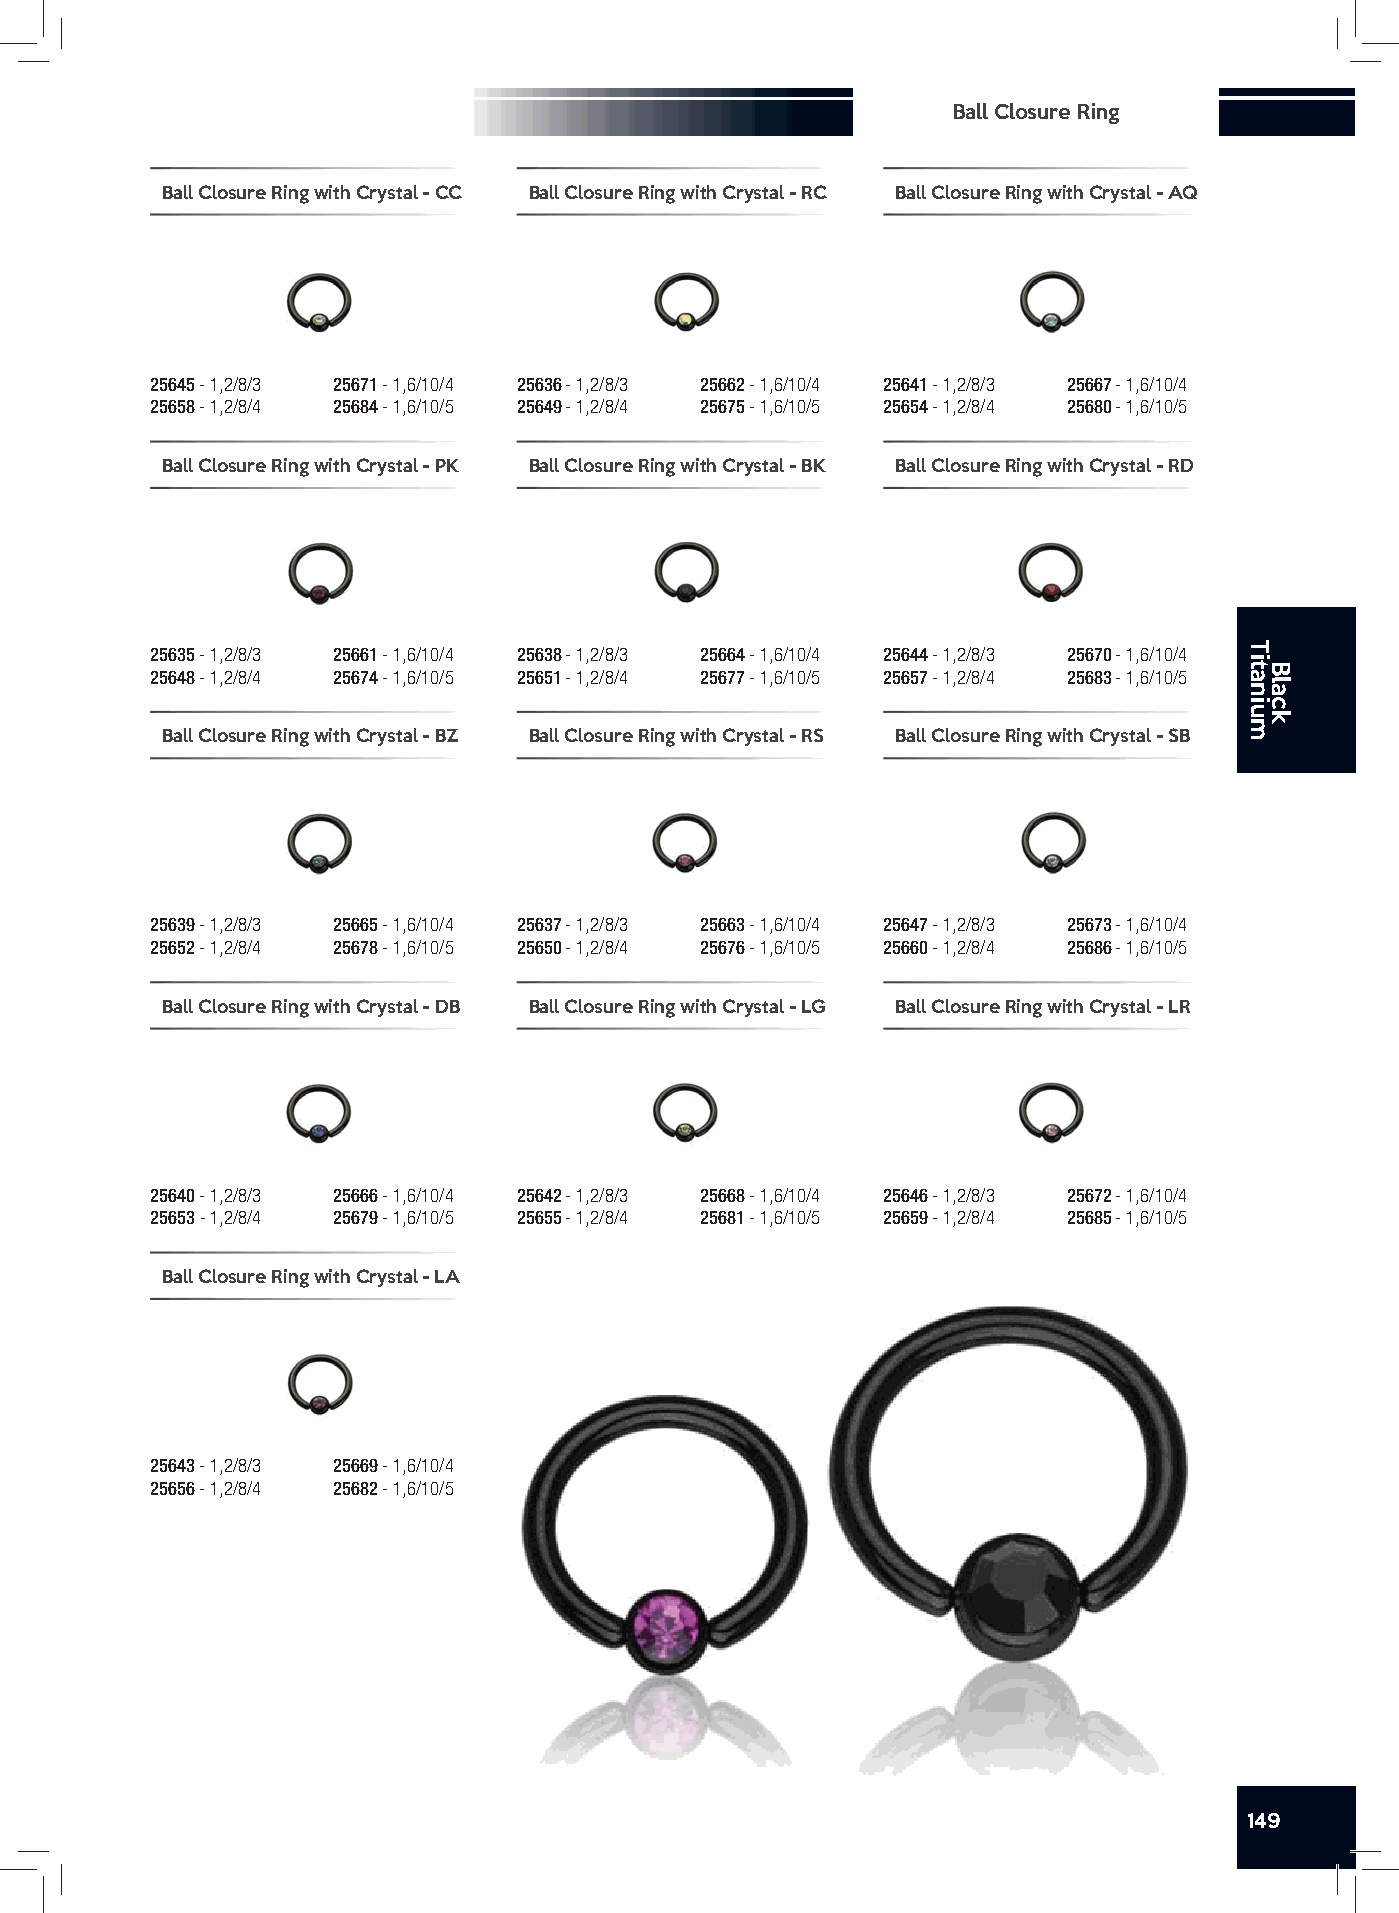
Ball Closure Ring
 Ball Closure Ring with Crystal - CC Ball Closure Ring with Crystal - RC Ball Closure Ring with Crystal - AQ
 25645 - 1,2/8/3 25671 - 1,6/10/4 25636 - 1,2/8/3 25662 - 1,6/10/4 25641 - 1,2/8/3 25667 - 1,6/10/4
 25658 - 1,2/8/4 25684 - 1,6/10/5 25649 - 1,2/8/4 25675 - 1,6/10/5 25654 - 1,2/8/4 25680 - 1,6/10/5
 Ball Closure Ring with Crystal - PK Ball Closure Ring with Crystal - BK Ball Closure Ring with Crystal - RD
 25635 - 1,2/8/3 25661 - 1,6/10/4 25638 - 1,2/8/3 25664 - 1,6/10/4 25644 - 1,2/8/3 25670 - 1,6/10/4
 25648 - 1,2/8/4 25674 - 1,6/10/5 25651 - 1,2/8/4 25677 - 1,6/10/5 25657 - 1,2/8/4 25683 - 1,6/10/5
 Ball Closure Ring with Crystal - BZ Ball Closure Ring with Crystal - RS Ball Closure Ring with Crystal - SB
 25639 - 1,2/8/3 25665 - 1,6/10/4 25637 - 1,2/8/3 25663 - 1,6/10/4 25647 - 1,2/8/3 25673 - 1,6/10/4
 25652 - 1,2/8/4 25678 - 1,6/10/5 25650 - 1,2/8/4 25676 - 1,6/10/5 25660 - 1,2/8/4 25686 - 1,6/10/5
 Ball Closure Ring with Crystal - DB Ball Closure Ring with Crystal - LG Ball Closure Ring with Crystal - LR
 25640 - 1,2/8/3 25666 - 1,6/10/4 25642 - 1,2/8/3 25668 - 1,6/10/4 25646 - 1,2/8/3 25672 - 1,6/10/4
 25653 - 1,2/8/4 25679 - 1,6/10/5 25655 - 1,2/8/4 25681 - 1,6/10/5 25659 - 1,2/8/4 25685 - 1,6/10/5
 Ball Closure Ring with Crystal - LA
 25643 - 1,2/8/3 25669 - 1,6/10/4
 25656 - 1,2/8/4 25682 - 1,6/10/5
 149
 Titanium
 Black